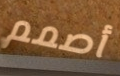
أصمم